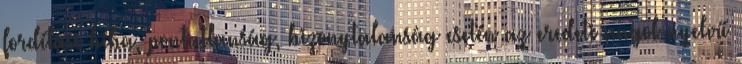
fordítási hiba, pontatlanság, bizonytalanság esetén az eredeti angol nyelvű